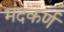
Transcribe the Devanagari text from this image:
मंदकर्ण